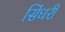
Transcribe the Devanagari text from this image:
सिंधरी